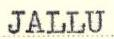
JALLU